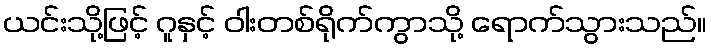
ယင်းသို့ဖြင့် ဂူနှင့် ဝါးတစ်ရိုက်ကွာသို့ ရောက်သွားသည်။